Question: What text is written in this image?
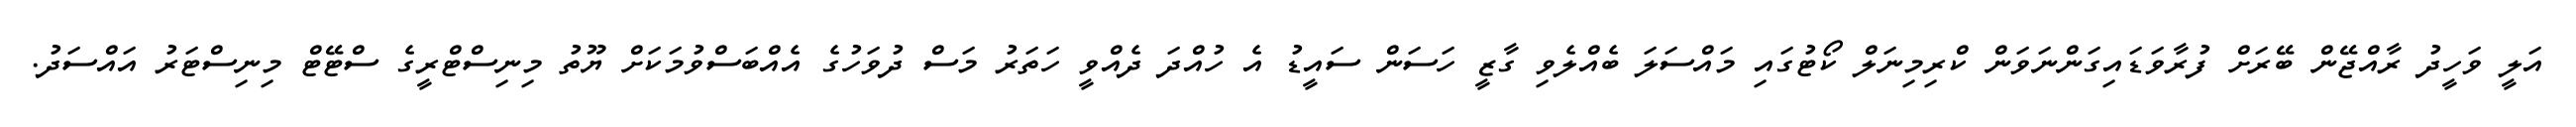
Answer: އަލީ ވަހީދު ރާއްޖޭން ބޭރަށް ފުރާވަޑައިގަންނަވަން ކްރިމިނަލް ކޯޓުގައި މައްސަލަ ބެއްލެވި ގާޒީ ހަސަން ސައީޑު އެ ހުއްދަ ދެއްވީ ހަތަރު މަސް ދުވަހުގެ އެއްބަސްވުމަކަށް ޔޫތު މިނިސްޓްރީގެ ސްޓޭޓް މިނިސްޓަރު އައްސަދު.